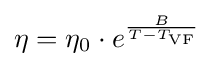
\eta =\eta _{0}\cdot e^{\frac {B}{T-T_{\mathrm {VF} }}}